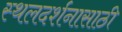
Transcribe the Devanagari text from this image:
स्थलदर्शनासाठी